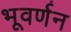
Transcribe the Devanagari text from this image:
भूवर्णन